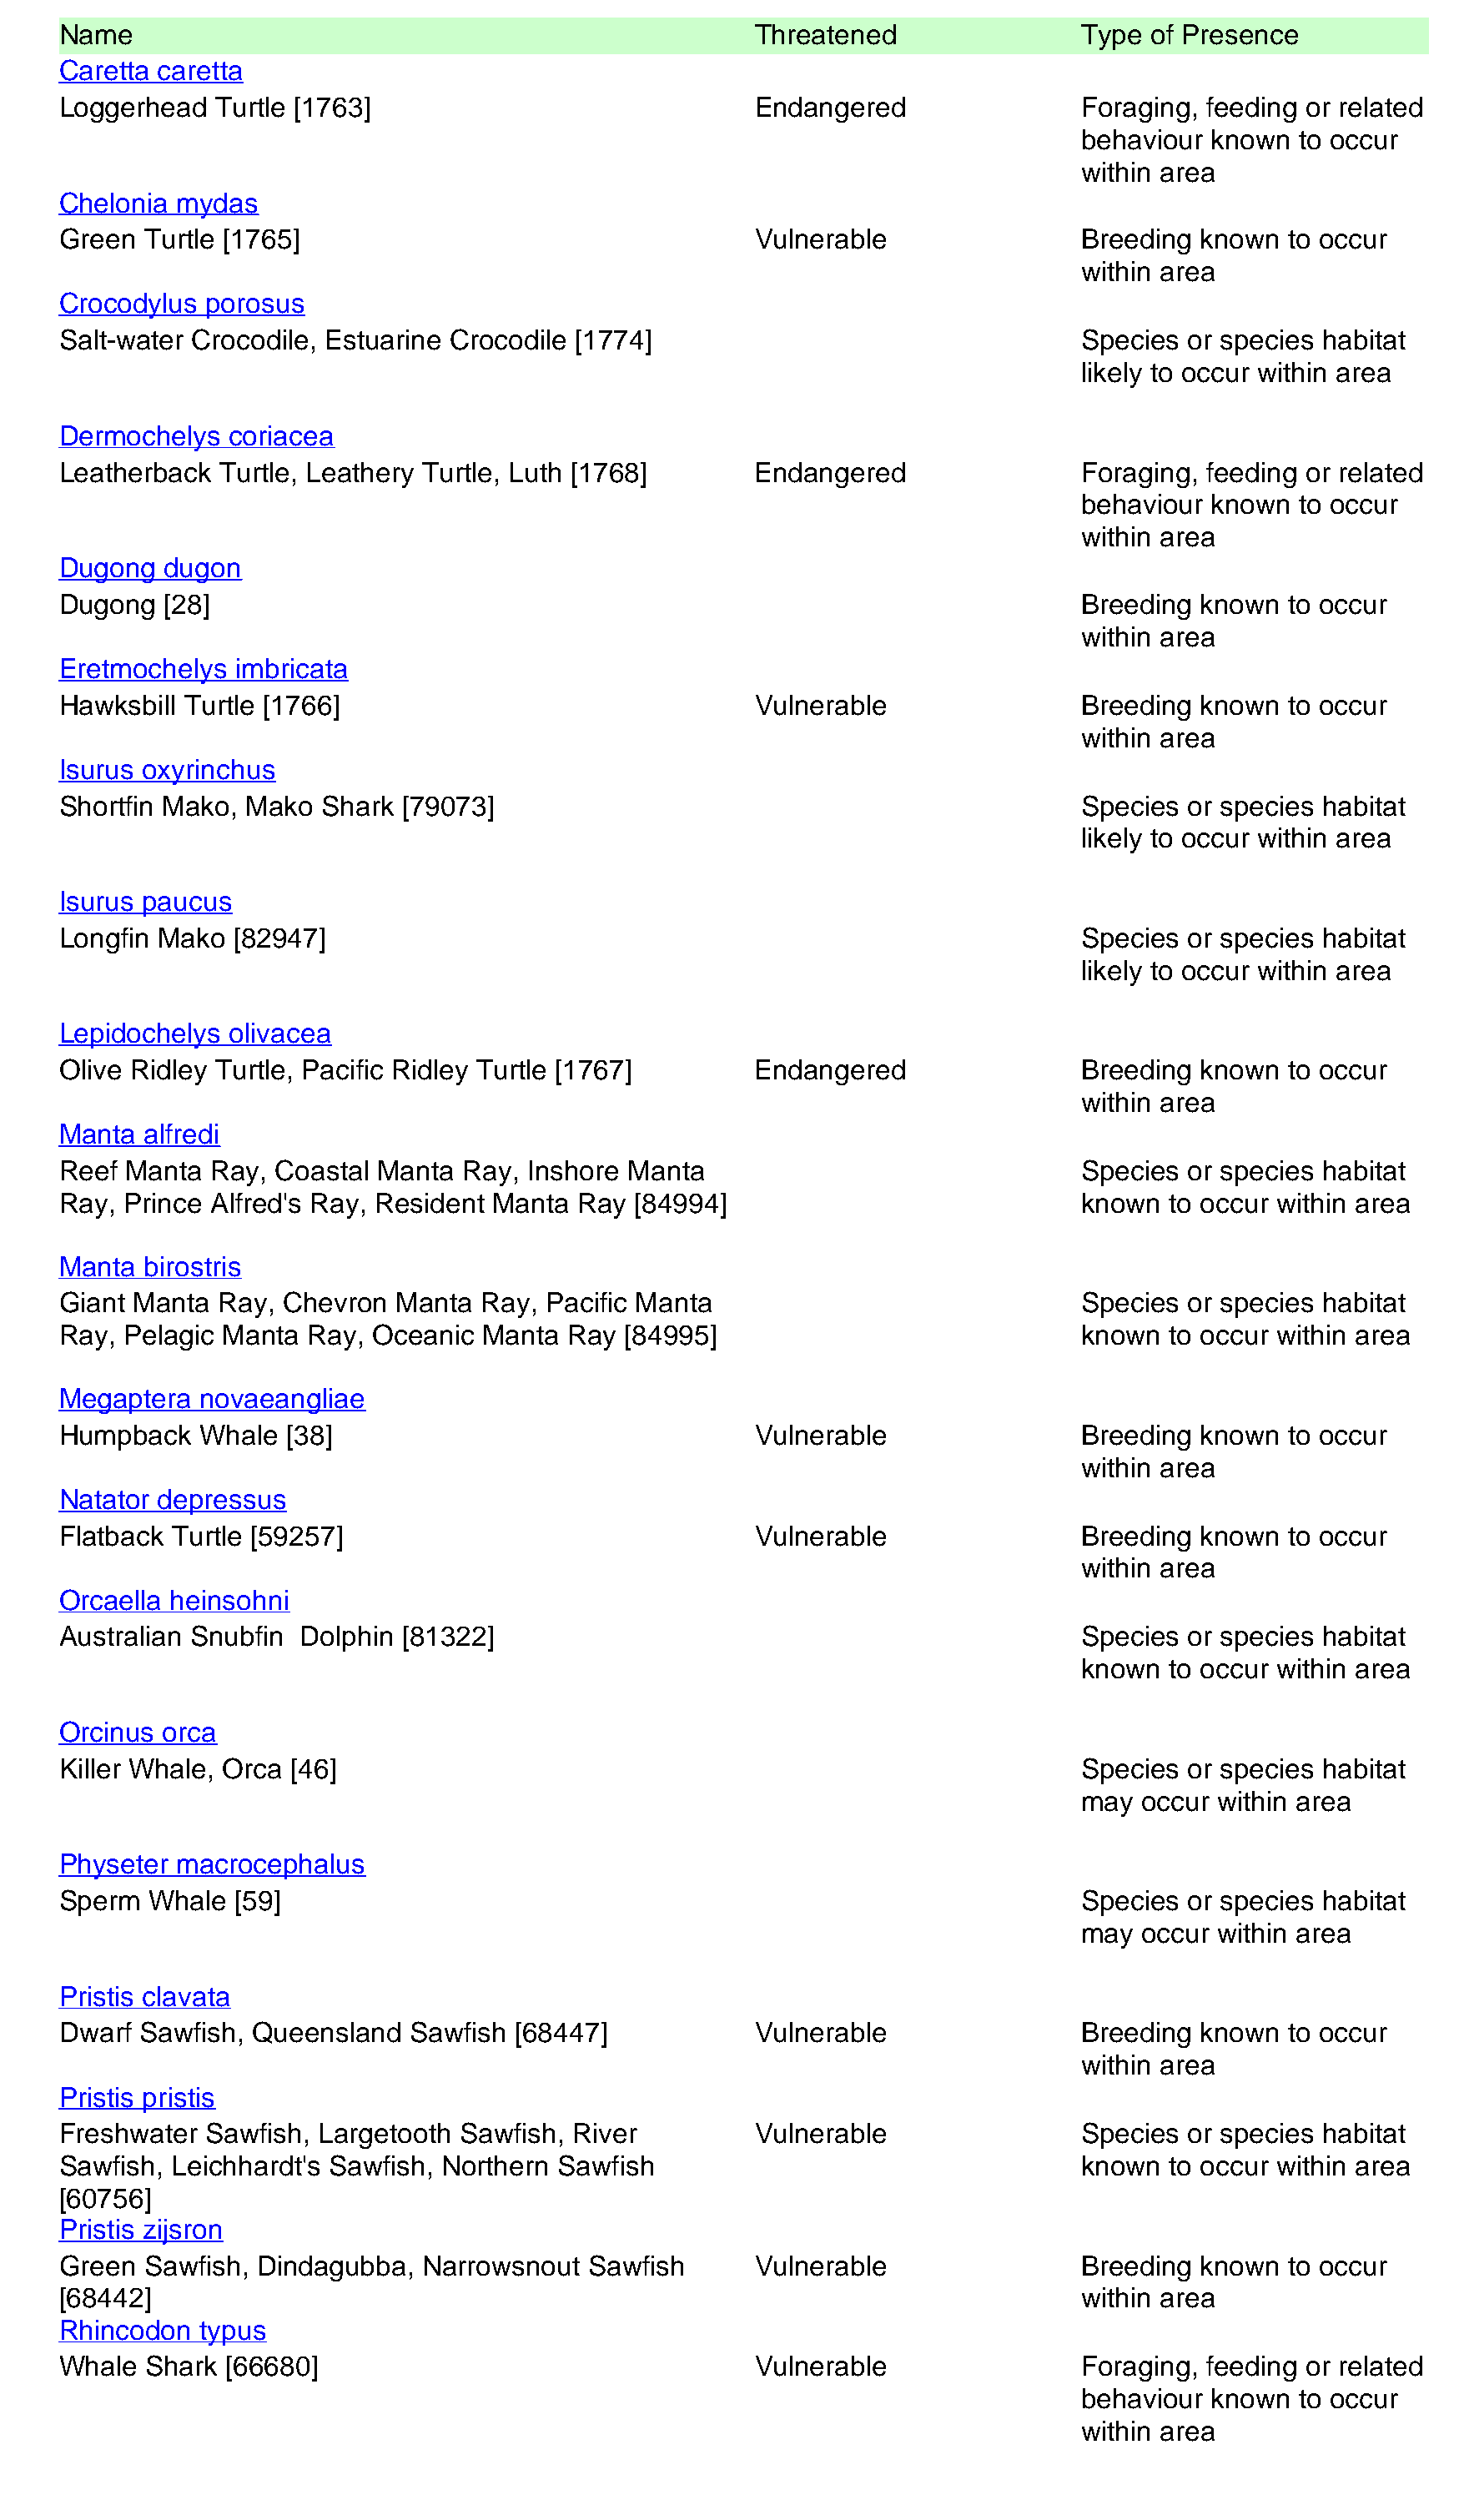
Name                                                   Threatened                Type of Presence
 Caretta caretta
 Loggerhead  Turtle [1763]                              Endangered                Foraging, feeding or related
 behaviour known  to occur
 within area
 Chelonia mydas
 Green Turtle [1765]                                    Vulnerable                Breeding known  to occur
 within area
 Crocodylus porosus
 Salt-water Crocodile, Estuarine Crocodile [1774]                                 Species or species habitat
 likely to occur within area
 Dermochelys  coriacea
 Leatherback Turtle, Leathery Turtle, Luth [1768]       Endangered                Foraging, feeding or related
 behaviour known  to occur
 within area
 Dugong  dugon
 Dugong  [28]                                                                     Breeding known  to occur
 within area
 Eretmochelys  imbricata
 Hawksbill Turtle [1766]                                Vulnerable                Breeding known  to occur
 within area
 Isurus oxyrinchus
 Shortfin Mako, Mako  Shark [79073]                                               Species or species habitat
 likely to occur within area
 Isurus paucus
 Longfin Mako  [82947]                                                            Species or species habitat
 likely to occur within area
 Lepidochelys olivacea
 Olive Ridley Turtle, Pacific Ridley Turtle [1767]      Endangered                Breeding known  to occur
 within area
 Manta alfredi
 Reef Manta  Ray, Coastal Manta  Ray, Inshore Manta                               Species or species habitat
 Ray, Prince Alfred's Ray, Resident Manta Ray [84994]                             known  to occur within area
 Manta birostris
 Giant Manta Ray, Chevron  Manta  Ray, Pacific Manta                              Species or species habitat
 Ray, Pelagic Manta Ray,  Oceanic Manta  Ray  [84995]                             known  to occur within area
 Megaptera  novaeangliae
 Humpback   Whale  [38]                                 Vulnerable                Breeding known  to occur
 within area
 Natator depressus
 Flatback Turtle [59257]                                Vulnerable                Breeding known  to occur
 within area
 Orcaella heinsohni
 Australian Snubfin Dolphin [81322]                                               Species or species habitat
 known  to occur within area
 Orcinus orca
 Killer Whale, Orca [46]                                                          Species or species habitat
 may  occur within area
 Physeter macrocephalus
 Sperm  Whale  [59]                                                               Species or species habitat
 may  occur within area
 Pristis clavata
 Dwarf Sawfish, Queensland   Sawfish [68447]            Vulnerable                Breeding known  to occur
 within area
 Pristis pristis
 Freshwater Sawfish, Largetooth Sawfish, River          Vulnerable                Species or species habitat
 Sawfish, Leichhardt's Sawfish, Northern Sawfish                                  known  to occur within area
 [60756]
 Pristis zijsron
 Green Sawfish, Dindagubba,   Narrowsnout  Sawfish      Vulnerable                Breeding known  to occur
 [68442]                                                                          within area
 Rhincodon  typus
 Whale  Shark [66680]                                   Vulnerable                Foraging, feeding or related
 behaviour known  to occur
 within area